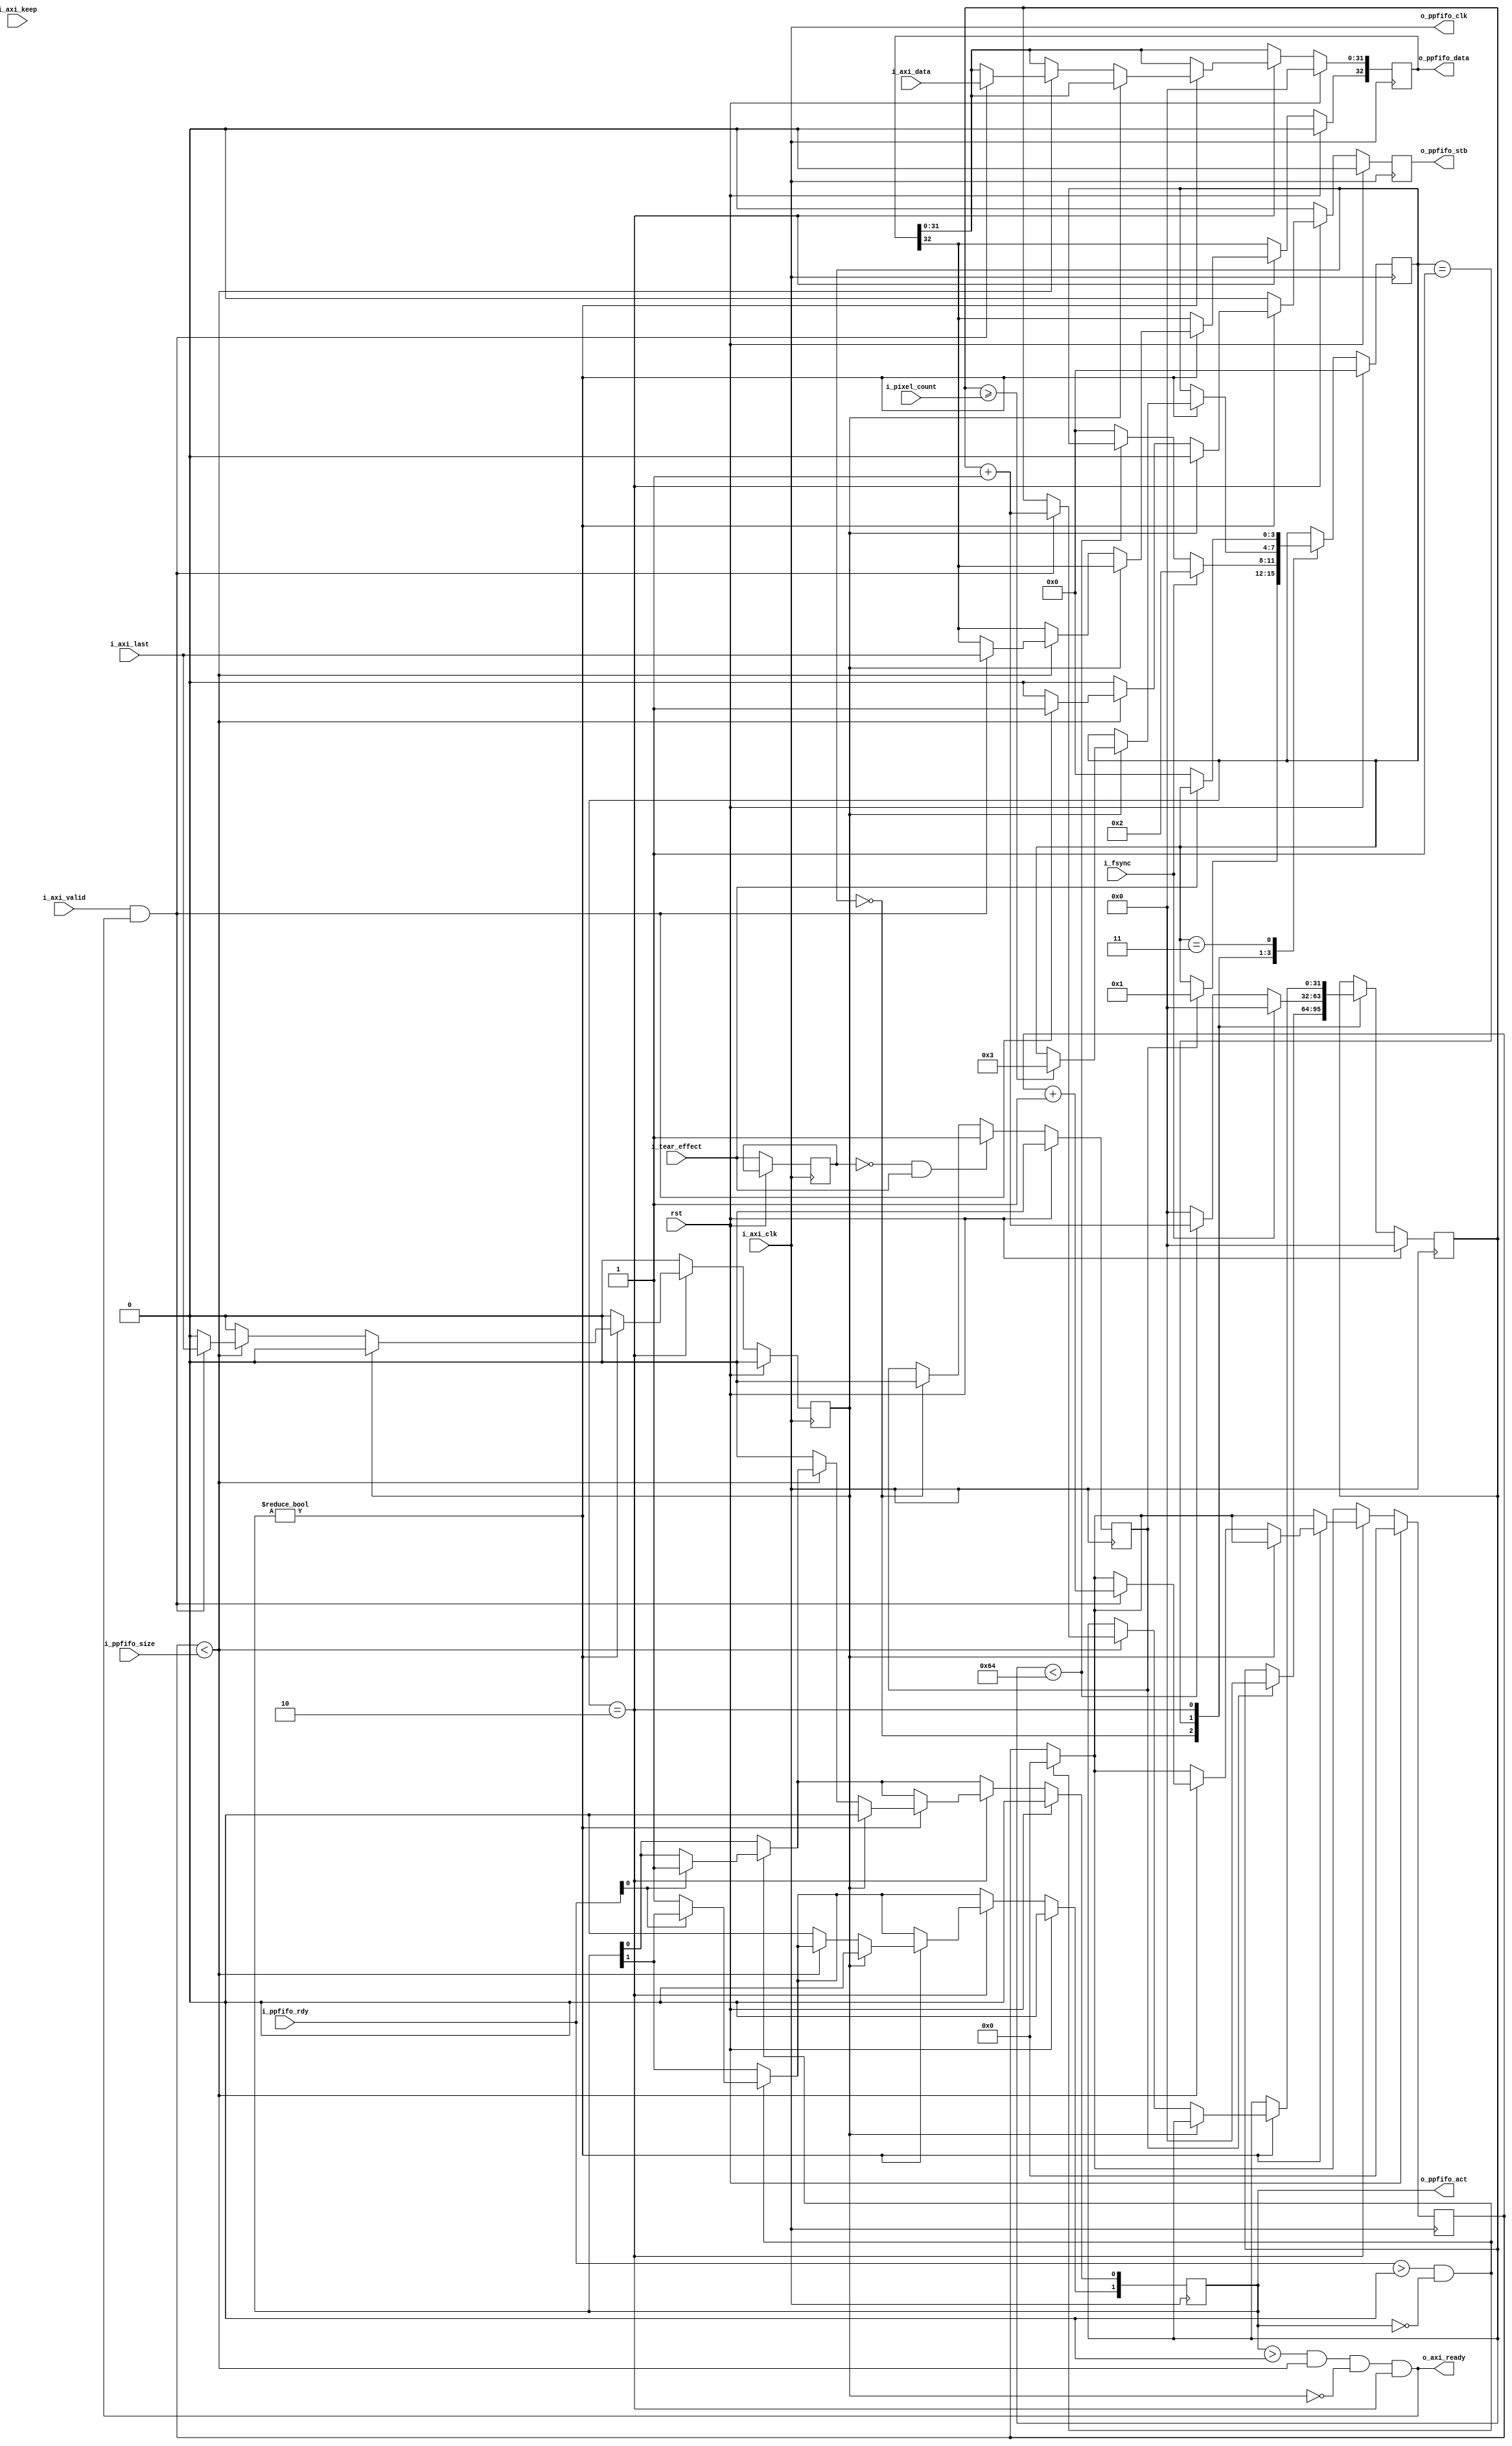
module adapter_axi_stream_2_ppfifo_wl #(
  parameter                         DATA_WIDTH    = 32,
  parameter                         STROBE_WIDTH  = DATA_WIDTH / 8,
  parameter                         USE_KEEP      = 0
)(
  input                             rst,
  input                             i_tear_effect,
  input                             i_fsync,
  input       [31:0]                i_pixel_count,
  input                             i_axi_clk,
  output                            o_axi_ready,
  input       [DATA_WIDTH - 1:0]    i_axi_data,
  input       [STROBE_WIDTH - 1:0]  i_axi_keep,
  input                             i_axi_last,
  input                             i_axi_valid,
  output                            o_ppfifo_clk,
  input       [1:0]                 i_ppfifo_rdy,
  output  reg [1:0]                 o_ppfifo_act,
  input       [23:0]                i_ppfifo_size,
  output  reg                       o_ppfifo_stb,
  output  reg [DATA_WIDTH:0]        o_ppfifo_data
);
localparam      WAIT_FOR_TEAR_EFFECT  = 0;
localparam      WAIT_FOR_FRAME        = 1;
localparam      READ_FRAME            = 2;
localparam      WAIT_FOR_END_TEAR     = 3;
localparam      TEAR_WINDOW_COUNT     = 100;
wire                        clk;  
reg           [3:0]         state;
reg           [23:0]        r_count;
reg                         r_last;
reg           [31:0]        r_pixel_count;
reg                         r_prev_tear;
reg                         r_pos_edge_tear;
assign  o_ppfifo_clk    = i_axi_clk;
assign  clk             = i_axi_clk;
assign  o_axi_ready     = (o_ppfifo_act > 0) &&
                          (r_count < i_ppfifo_size) &&
                          !r_last &&
                          (state == READ_FRAME);
always @ (posedge clk) begin
  o_ppfifo_stb                                <=  0;
  r_last                                      <=  0;
  if (rst) begin
    r_count                                   <=  0;
    o_ppfifo_act                              <=  0;
    o_ppfifo_data                             <=  0;
    r_pos_edge_tear                           <=  0;
    r_pixel_count                             <=  0;
    state                                     <=  WAIT_FOR_TEAR_EFFECT;
  end
  else begin
    if ((i_ppfifo_rdy > 0) && (o_ppfifo_act == 0)) begin
      r_count                                 <=  0;
      if (i_ppfifo_rdy[0]) begin
        o_ppfifo_act[0]                       <=  1;
      end
      else begin
        o_ppfifo_act[1]                       <=  1;
      end
    end
    case (state)
      WAIT_FOR_TEAR_EFFECT: begin
        if (r_pos_edge_tear) begin
          r_pos_edge_tear                     <=  0;
          r_pixel_count                       <=  0;
          state                               <=  WAIT_FOR_FRAME;
        end
      end
      WAIT_FOR_FRAME: begin
        r_pixel_count                         <=  0;
        if (i_fsync) begin
          state                               <= READ_FRAME;
          r_pixel_count                       <= 0;
        end
        else if (r_pixel_count < TEAR_WINDOW_COUNT) begin
          r_pixel_count                       <= r_pixel_count + 1;
        end
        else begin
          state                               <= WAIT_FOR_TEAR_EFFECT;  
        end
      end
      READ_FRAME: begin
        if (o_ppfifo_act) begin
          if (r_last) begin
            o_ppfifo_act                      <=  0;
            if (r_pixel_count >= i_pixel_count) begin
              state                           <=  WAIT_FOR_END_TEAR;
            end
          end
          else if (r_count < i_ppfifo_size) begin
            if (i_axi_valid && o_axi_ready) begin
              o_ppfifo_stb                      <=  1;
              r_pixel_count                     <=  r_pixel_count + 1;
              o_ppfifo_data[DATA_WIDTH - 1: 0]  <=  i_axi_data;
              o_ppfifo_data[DATA_WIDTH]         <=  i_axi_last;
              r_last                            <=  i_axi_last;
              r_count                           <=  r_count + 1;
            end
          end
          else begin
            o_ppfifo_act                        <=  0;
          end
        end
      end
      WAIT_FOR_END_TEAR: begin
        if (!i_tear_effect) begin
          state                                 <=  WAIT_FOR_TEAR_EFFECT;
        end
      end
    endcase
    if (!r_prev_tear && i_tear_effect) begin
      r_pos_edge_tear                           <=  1;
    end
    r_prev_tear                                 <=  i_tear_effect;
  end
end
endmodule